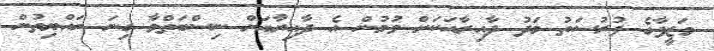
ވަޒީފާގެ ފުރުސަތު މަދު ދާއިރާއަކަށް ވުމުން އެ ދާއިރާއަށް ނިސްބަތްވާ ގިނަ ރައްޔިތުން